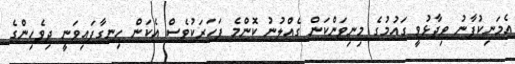
އެމަނިކުފާނު ވިދާޅުވީ ގައުމުގެ މިނިވަންކަން ގެއްލުނު ކޮންމެ ފަހަރަކުވެސް އެކަން ހިނގާފައިވަނީ ދިވެހިންގެ